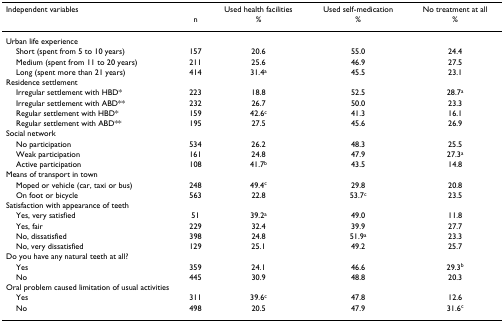
<table><thead><tr><td><b>Independent variables</b></td><td></td><td><b>Used health facilities</b></td><td><b>Used self-medication</b></td><td><b>No treatment at all</b></td></tr><tr><td></td><td><b>n</b></td><td><b>%</b></td><td><b>%</b></td><td><b>%</b></td></tr></thead><tbody><tr><td colspan="5">Urban life experience</td></tr><tr><td> Short (spent from 5 to 10 years)</td><td>157</td><td>20.6</td><td>55.0</td><td>24.4</td></tr><tr><td> Medium (spent from 11 to 20 years)</td><td>211</td><td>25.6</td><td>46.9</td><td>27.5</td></tr><tr><td> Long (spent more than 21 years)</td><td>414</td><td>31.4<sup>a</sup></td><td>45.5</td><td>23.1</td></tr><tr><td colspan="5">Residence settlement</td></tr><tr><td> Irregular settlement with HBD*</td><td>223</td><td>18.8</td><td>52.5</td><td>28.7<sup>a</sup></td></tr><tr><td> Irregular settlement with ABD**</td><td>232</td><td>26.7</td><td>50.0</td><td>23.3</td></tr><tr><td> Regular settlement with HBD*</td><td>159</td><td>42.6<sup>c</sup></td><td>41.3</td><td>16.1</td></tr><tr><td> Regular settlement with ABD**</td><td>195</td><td>27.5</td><td>45.6</td><td>26.9</td></tr><tr><td colspan="5">Social network</td></tr><tr><td> No participation</td><td>534</td><td>26.2</td><td>48.3</td><td>25.5</td></tr><tr><td> Weak participation</td><td>161</td><td>24.8</td><td>47.9</td><td>27.3<sup>a</sup></td></tr><tr><td> Active participation</td><td>108</td><td>41.7<sup>b</sup></td><td>43.5</td><td>14.8</td></tr><tr><td colspan="5">Means of transport in town</td></tr><tr><td> Moped or vehicle (car, taxi or bus)</td><td>248</td><td>49.4<sup>c</sup></td><td>29.8</td><td>20.8</td></tr><tr><td> On foot or bicycle</td><td>563</td><td>22.8</td><td>53.7<sup>c</sup></td><td>23.5</td></tr><tr><td colspan="5">Satisfaction with appearance of teeth</td></tr><tr><td> Yes, very satisfied</td><td>51</td><td>39.2<sup>a</sup></td><td>49.0</td><td>11.8</td></tr><tr><td> Yes, fair</td><td>229</td><td>32.4</td><td>39.9</td><td>27.7</td></tr><tr><td> No, dissatisfied</td><td>398</td><td>24.8</td><td>51.9<sup>a</sup></td><td>23.3</td></tr><tr><td> No, very dissatisfied</td><td>129</td><td>25.1</td><td>49.2</td><td>25.7</td></tr><tr><td colspan="5">Do you have any natural teeth at all?</td></tr><tr><td> Yes</td><td>359</td><td>24.1</td><td>46.6</td><td>29.3<sup>b</sup></td></tr><tr><td> No</td><td>445</td><td>30.9</td><td>48.8</td><td>20.3</td></tr><tr><td colspan="5">Oral problem caused limitation of usual activities</td></tr><tr><td> Yes</td><td>311</td><td>39.6<sup>c</sup></td><td>47.8</td><td>12.6</td></tr><tr><td> No</td><td>498</td><td>20.5</td><td>47.9</td><td>31.6<sup>c</sup></td></tr></tbody></table>